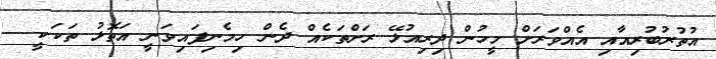
އުތުރުބުރިއާއި އެއްވަރަށް މީހުން ދިރިއުޅޭ ރަށްތަކެއް ދެން ހިމެނިފައިވަނީ އަތޮޅު ތަކަކީ